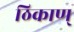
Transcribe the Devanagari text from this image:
ठिकाण्